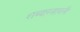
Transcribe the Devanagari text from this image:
शब्दारत्नावली